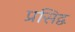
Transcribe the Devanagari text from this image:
प्रसिद्व